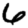
Digit: 6